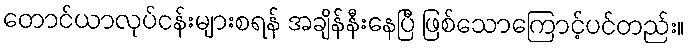
တောင်ယာလုပ်ငန်းများစရန် အချိန်နီးနေပြီ ဖြစ်သောကြောင့်ပင်တည်း။